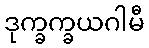
ဒုက္ခက္ခယဂါမီ